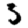
Digit: 3